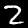
Digit: 2